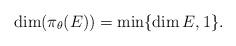
LaTeX: \begin{align*}\dim(\pi_{\theta}(E))=\min\{\dim E,1\}.\end{align*}